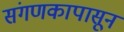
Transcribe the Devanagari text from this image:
संगणकापासून